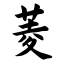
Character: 菱